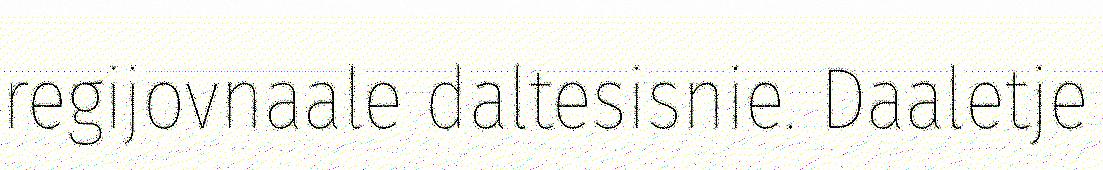
regijovnaale daltesisnie. Daaletje